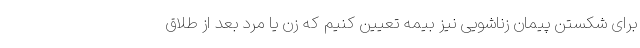
برای شکستن پیمان زناشویی نیز بیمه تعیین کنیم که زن یا مرد بعد از طلاق